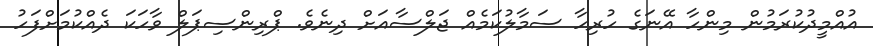
އުއްމީދުކުރަމުން މިންހާ އޭނަގެ ހުރިހާ ސަމާލުކަމެއް ޖަލްސާއަށް ދިނެވެ. ޕްރިންސިޕަލް ވާހަކަ ދެއްކުމަށްފަހު